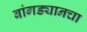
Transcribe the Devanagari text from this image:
बांगड्यानचा